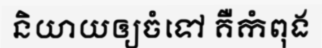
និយាយឲ្យចំទៅ គឺកំពុង